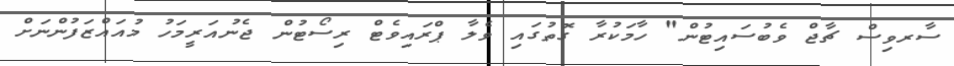
ސާރވިސް ޗާޖް ވެބުސައިޓުން" ހާމަކުރާ ގޮތުގައި ވެލާ ޕްރައިވެޓް ރިސޯޓުން ޖެނުއަރީމަހު މުއައްޒަފުންނަށް